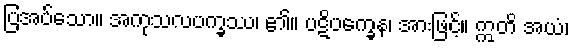
ပြအပ်သော။ အကုသလပက္ခဿ၊ ၏။ ပဋိပက္ခေန၊ အားဖြင့်။ ဣတိ အယံ၊